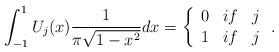
LaTeX: \begin{align*}\int_{-1}^{1}U_{j}(x)\frac{1}{\pi\sqrt{1-x^{2}}}dx=\left\{\begin{array}[c]{ccc}0 & if & j\\1 & if & j\end{array}\right. . \end{align*}